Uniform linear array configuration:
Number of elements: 8
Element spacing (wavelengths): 0.25
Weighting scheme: hamming
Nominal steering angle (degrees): -45
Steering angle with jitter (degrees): -46.82
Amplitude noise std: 0.05
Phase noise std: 0.05

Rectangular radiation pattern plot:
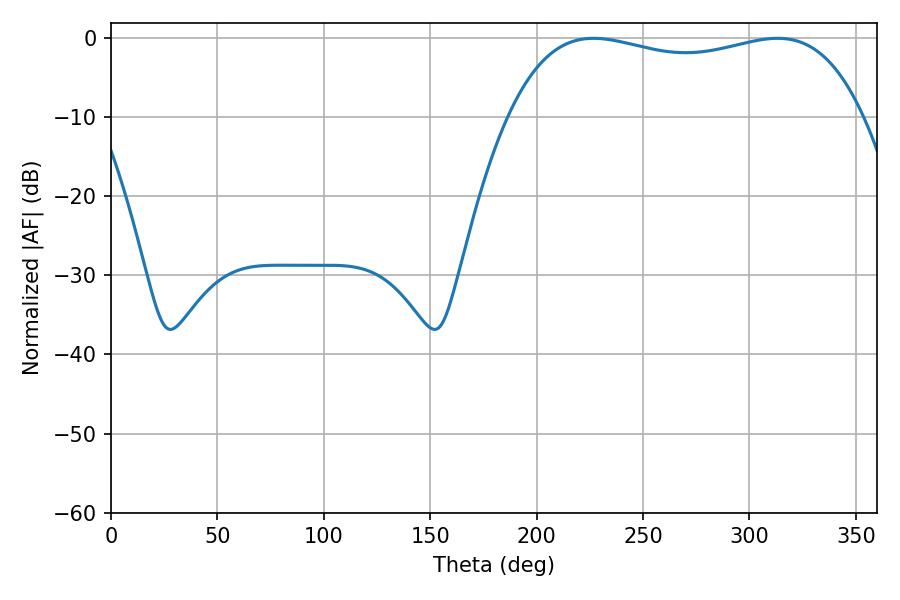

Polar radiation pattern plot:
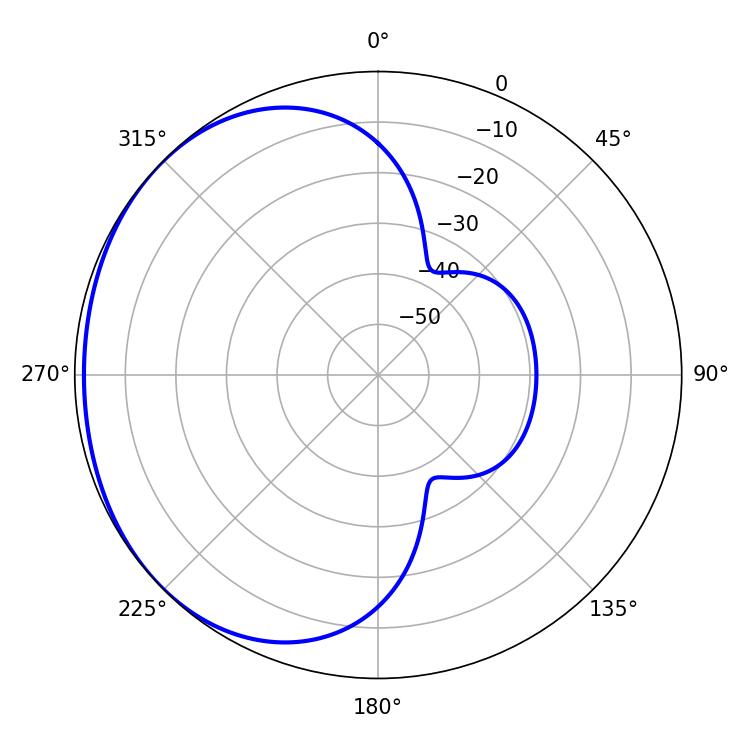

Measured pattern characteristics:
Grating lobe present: FALSE
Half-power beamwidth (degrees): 135
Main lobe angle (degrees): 226.8